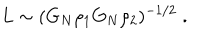
LaTeX: L \sim ( G _ { N } \rho _ { 1 } G _ { N } \rho _ { 2 } ) ^ { - 1 / 2 } \; .